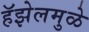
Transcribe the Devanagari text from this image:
हॅझेलमुळे